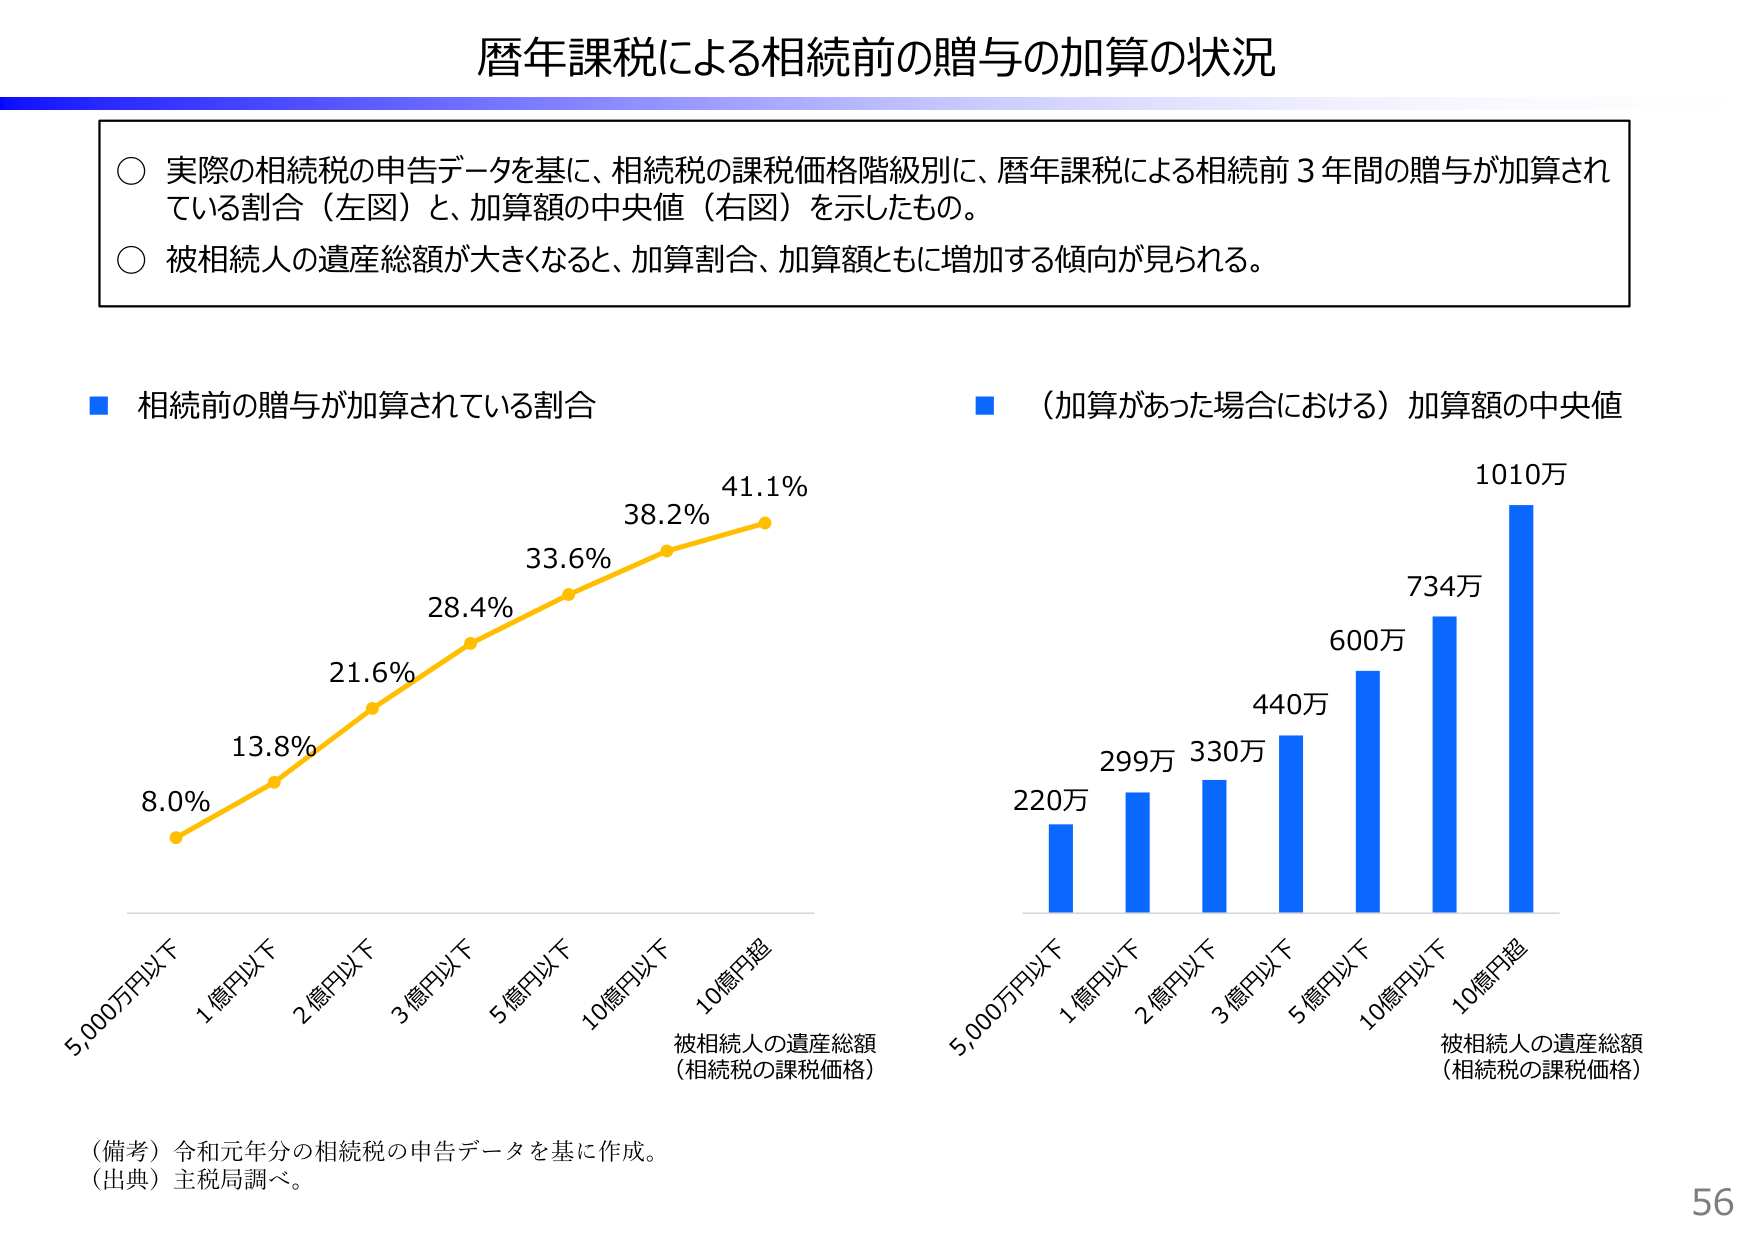
暦年課税による相続前の贈与の加算の状況

○ 実際の相続税の申告データを基に、相続税の課税価格階級別に、暦年課税による相続前３年間の贈与が加算されている割合（左図）と、加算額の中央値（右図）を示したもの。
○ 被相続人の遺産総額が大きくなると、加算割合、加算額ともに増加する傾向が見られる。

■ 相続前の贈与が加算されている割合
8.0% 13.8% 21.6% 28.4% 33.6% 38.2% 41.1%
5,000万円以下 1億円以下 2億円以下 3億円以下 5億円以下 10億円以下 10億円超
被相続人の遺産総額
（相続税の課税価格）

■ （加算があった場合における）加算額の中央値
220万 299万 330万 440万 600万 734万 1010万
5,000万円以下 1億円以下 2億円以下 3億円以下 5億円以下 10億円以下 10億円超
被相続人の遺産総額
（相続税の課税価格）

（備考）令和元年分の相続税の申告データを基に作成。
（出典）主税局調べ。

56